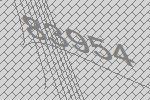
83954